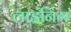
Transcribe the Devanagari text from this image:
लाइंनिग